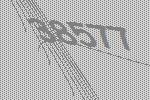
38577